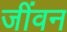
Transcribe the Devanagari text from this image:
जींवन